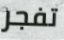
تفجر